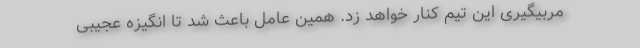
مربیگیری این تیم کنار خواهد زد. همین عامل باعث شد تا انگیزه عجیبی